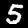
Digit: 5